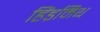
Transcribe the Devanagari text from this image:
हिंडमिथ